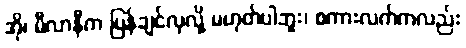
အို၊ မီလာနီက ပြန်ချင်လှလို့ မဟုတ်ပါဘူး၊ စကားလက်ကလည်း